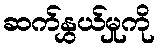
ဆက်နွှယ်မှုကို